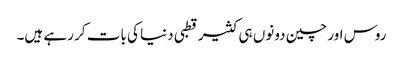
روس اور چین دونوں ہی کثیر قطبی دنیا کی بات کر رہے ہیں۔